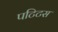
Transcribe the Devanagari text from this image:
पटिटस